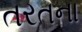
તરતના